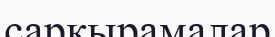
сарқырамалар